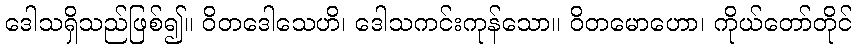
ဒေါသရှိသည်ဖြစ်၍။ ဝိတဒေါသေဟိ၊ ဒေါသကင်းကုန်သော။ ဝိတမောဟော၊ ကိုယ်တော်တိုင်